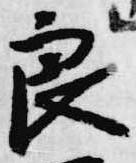
良